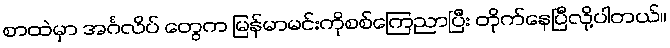
စာထဲမှာ အင်္ဂလိပ် တွေက မြန်မာမင်းကိုစစ်ကြေညာပြီး တိုက်နေပြီလို့ပါတယ်။